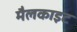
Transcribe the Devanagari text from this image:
मैलकाइट